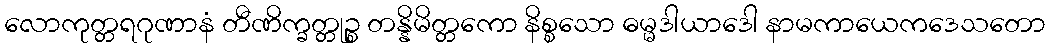
လောကုတ္တရဂုဏာနံ တီဏိက္ခတ္တုဉ္စ တန္နိမိတ္တကော နိစ္စသော ဓမ္မဒါယာဒေါ နာမကာယေကဒေသတော